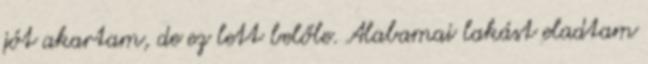
jót akartam, de ez lett belőle. Alabamai lakást eladtam